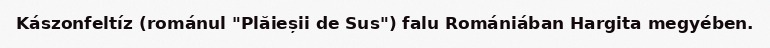
Kászonfeltíz (románul "Plăieșii de Sus") falu Romániában Hargita megyében.